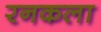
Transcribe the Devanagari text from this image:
रनकला